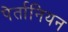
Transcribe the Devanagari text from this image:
पेर्तानियन